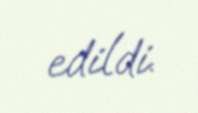
edildi.